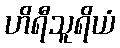
ဟိရီသူရိယံ